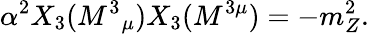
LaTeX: \alpha^{2}X_{3}(M^{3}{}_{\mu})X_{3}(M^{3\mu})=-m_{Z}^{2}.